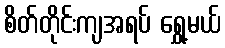
စိတ်တိုင်းကျအရပ် ရွှေ့မယ်